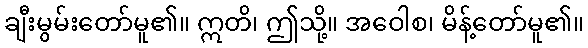
ချီးမွမ်းတော်မူ၏။ ဣတိ၊ ဤသို့။ အဝေါစ၊ မိန့်တော်မူ၏။